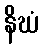
နိဃံ